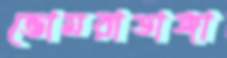
ভোমরাডাঙ্গা